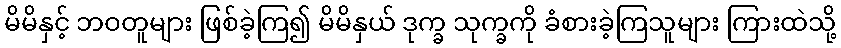
မိမိနှင့် ဘဝတူများ ဖြစ်ခဲ့ကြ၍ မိမိနှယ် ဒုက္ခ သုက္ခကို ခံစားခဲ့ကြသူများ ကြားထဲသို့